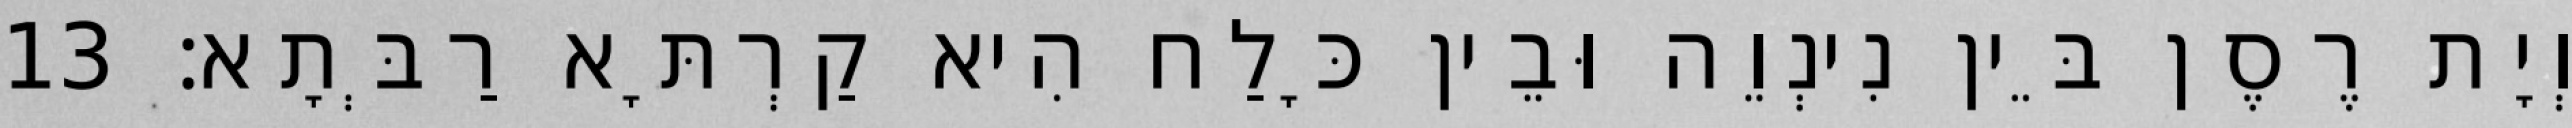
וְיָת רֶסֶן בֵּין נִינְוֵה וּבֵין כָּלַח הִיא קַרְתָּא רַבְּתָא׃ 13